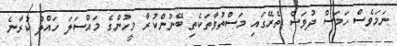
ނަމަވެސް ހަމަސް ދުވަސް ތެރޭގައި މަސްތުވާތަކެތި ބޭނުންކުރާ މީހުންގެ މައްސަލަ ހައްލު ކުރާނެ